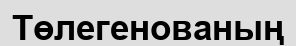
Төлегенованың